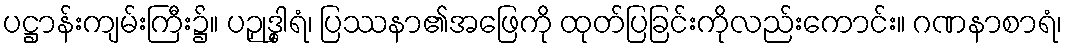
ပဋ္ဌာန်းကျမ်းကြီး၌။ ပဉှုဒ္ဓါရံ၊ ပြဿနာ၏အဖြေကို ထုတ်ပြခြင်းကိုလည်းကောင်း။ ဂဏနာစာရံ၊